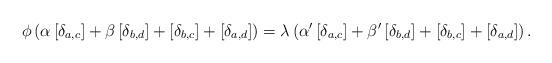
LaTeX: \begin{align*}\phi \left( \alpha \left[ \delta _{a,c}\right] +\beta \left[ \delta _{b,d}\right] +\left[ \delta _{b,c}\right] +\left[ \delta _{a,d}\right] \right)=\lambda \left( \alpha ^{\prime }\left[ \delta _{a,c}\right] +\beta ^{\prime}\left[ \delta _{b,d}\right] +\left[ \delta _{b,c}\right] +\left[ \delta_{a,d}\right] \right) . \end{align*}